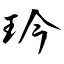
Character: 玪